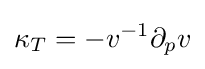
\kappa _{T}=-v^{-1}\partial _{p}v